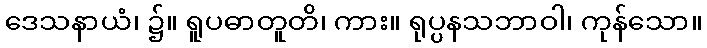
ဒေသနာယံ၊ ၌။ ရူပဓာတူတိ၊ ကား။ ရုပ္ပနသဘာဝါ၊ ကုန်သော။